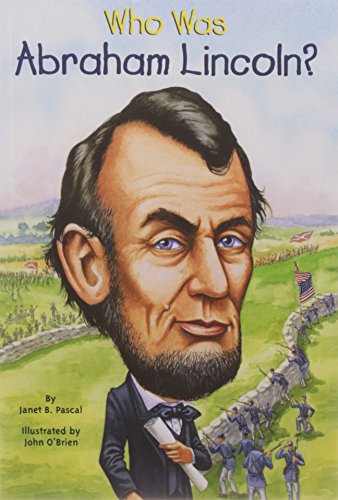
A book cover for Who Was Abraham Lincoln?; Janet Pascal; Children's Books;